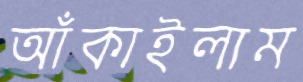
আঁকাইলাম